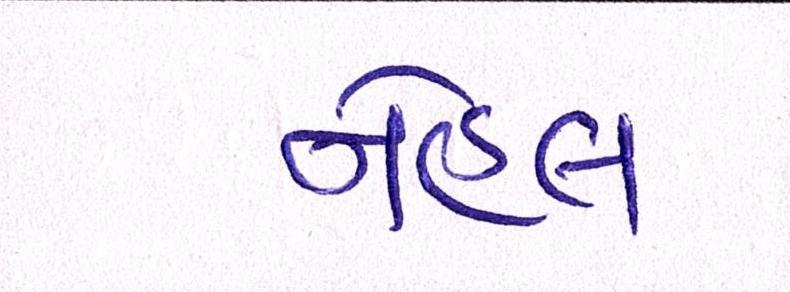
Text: નેહલ